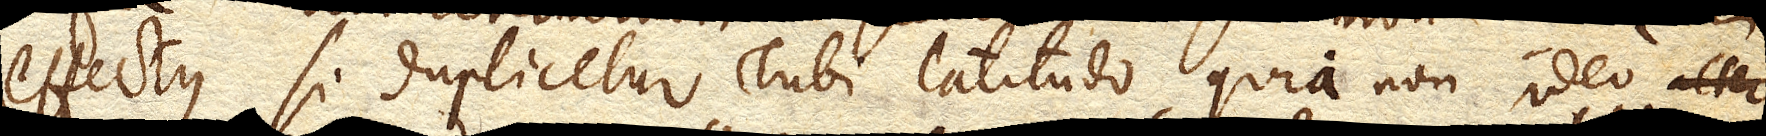
effectus si duplicetur Tubi latitudo, quia non ideo